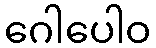
ဂေါပေါဝ